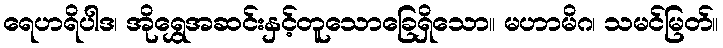
ရေဟရိပါဒ၊ အိုရွှေအဆင်းနှင့်တူသောခြေရှိသော။ မဟာမိဂ၊ သမင်မြတ်။